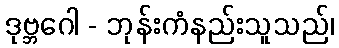
ဒုဗ္ဘဂေါ - ဘုန်းကံနည်းသူသည်၊